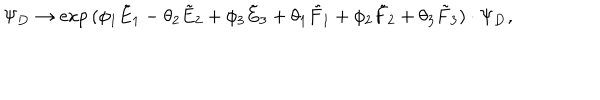
LaTeX: \Psi _ { \bf D } \rightarrow \exp { ( \phi _ { 1 } { \tilde { E } } _ { 1 } - \theta _ { 2 } { \tilde { E } } _ { 2 } + \phi _ { 3 } { \tilde { E } } _ { 3 } + \theta _ { 1 } { \tilde { F } } _ { 1 } + \phi _ { 2 } { \tilde { F } } _ { 2 } + \theta _ { 3 } { \tilde { F } } _ { 3 } ) } \cdot \Psi _ { \bf D } ,